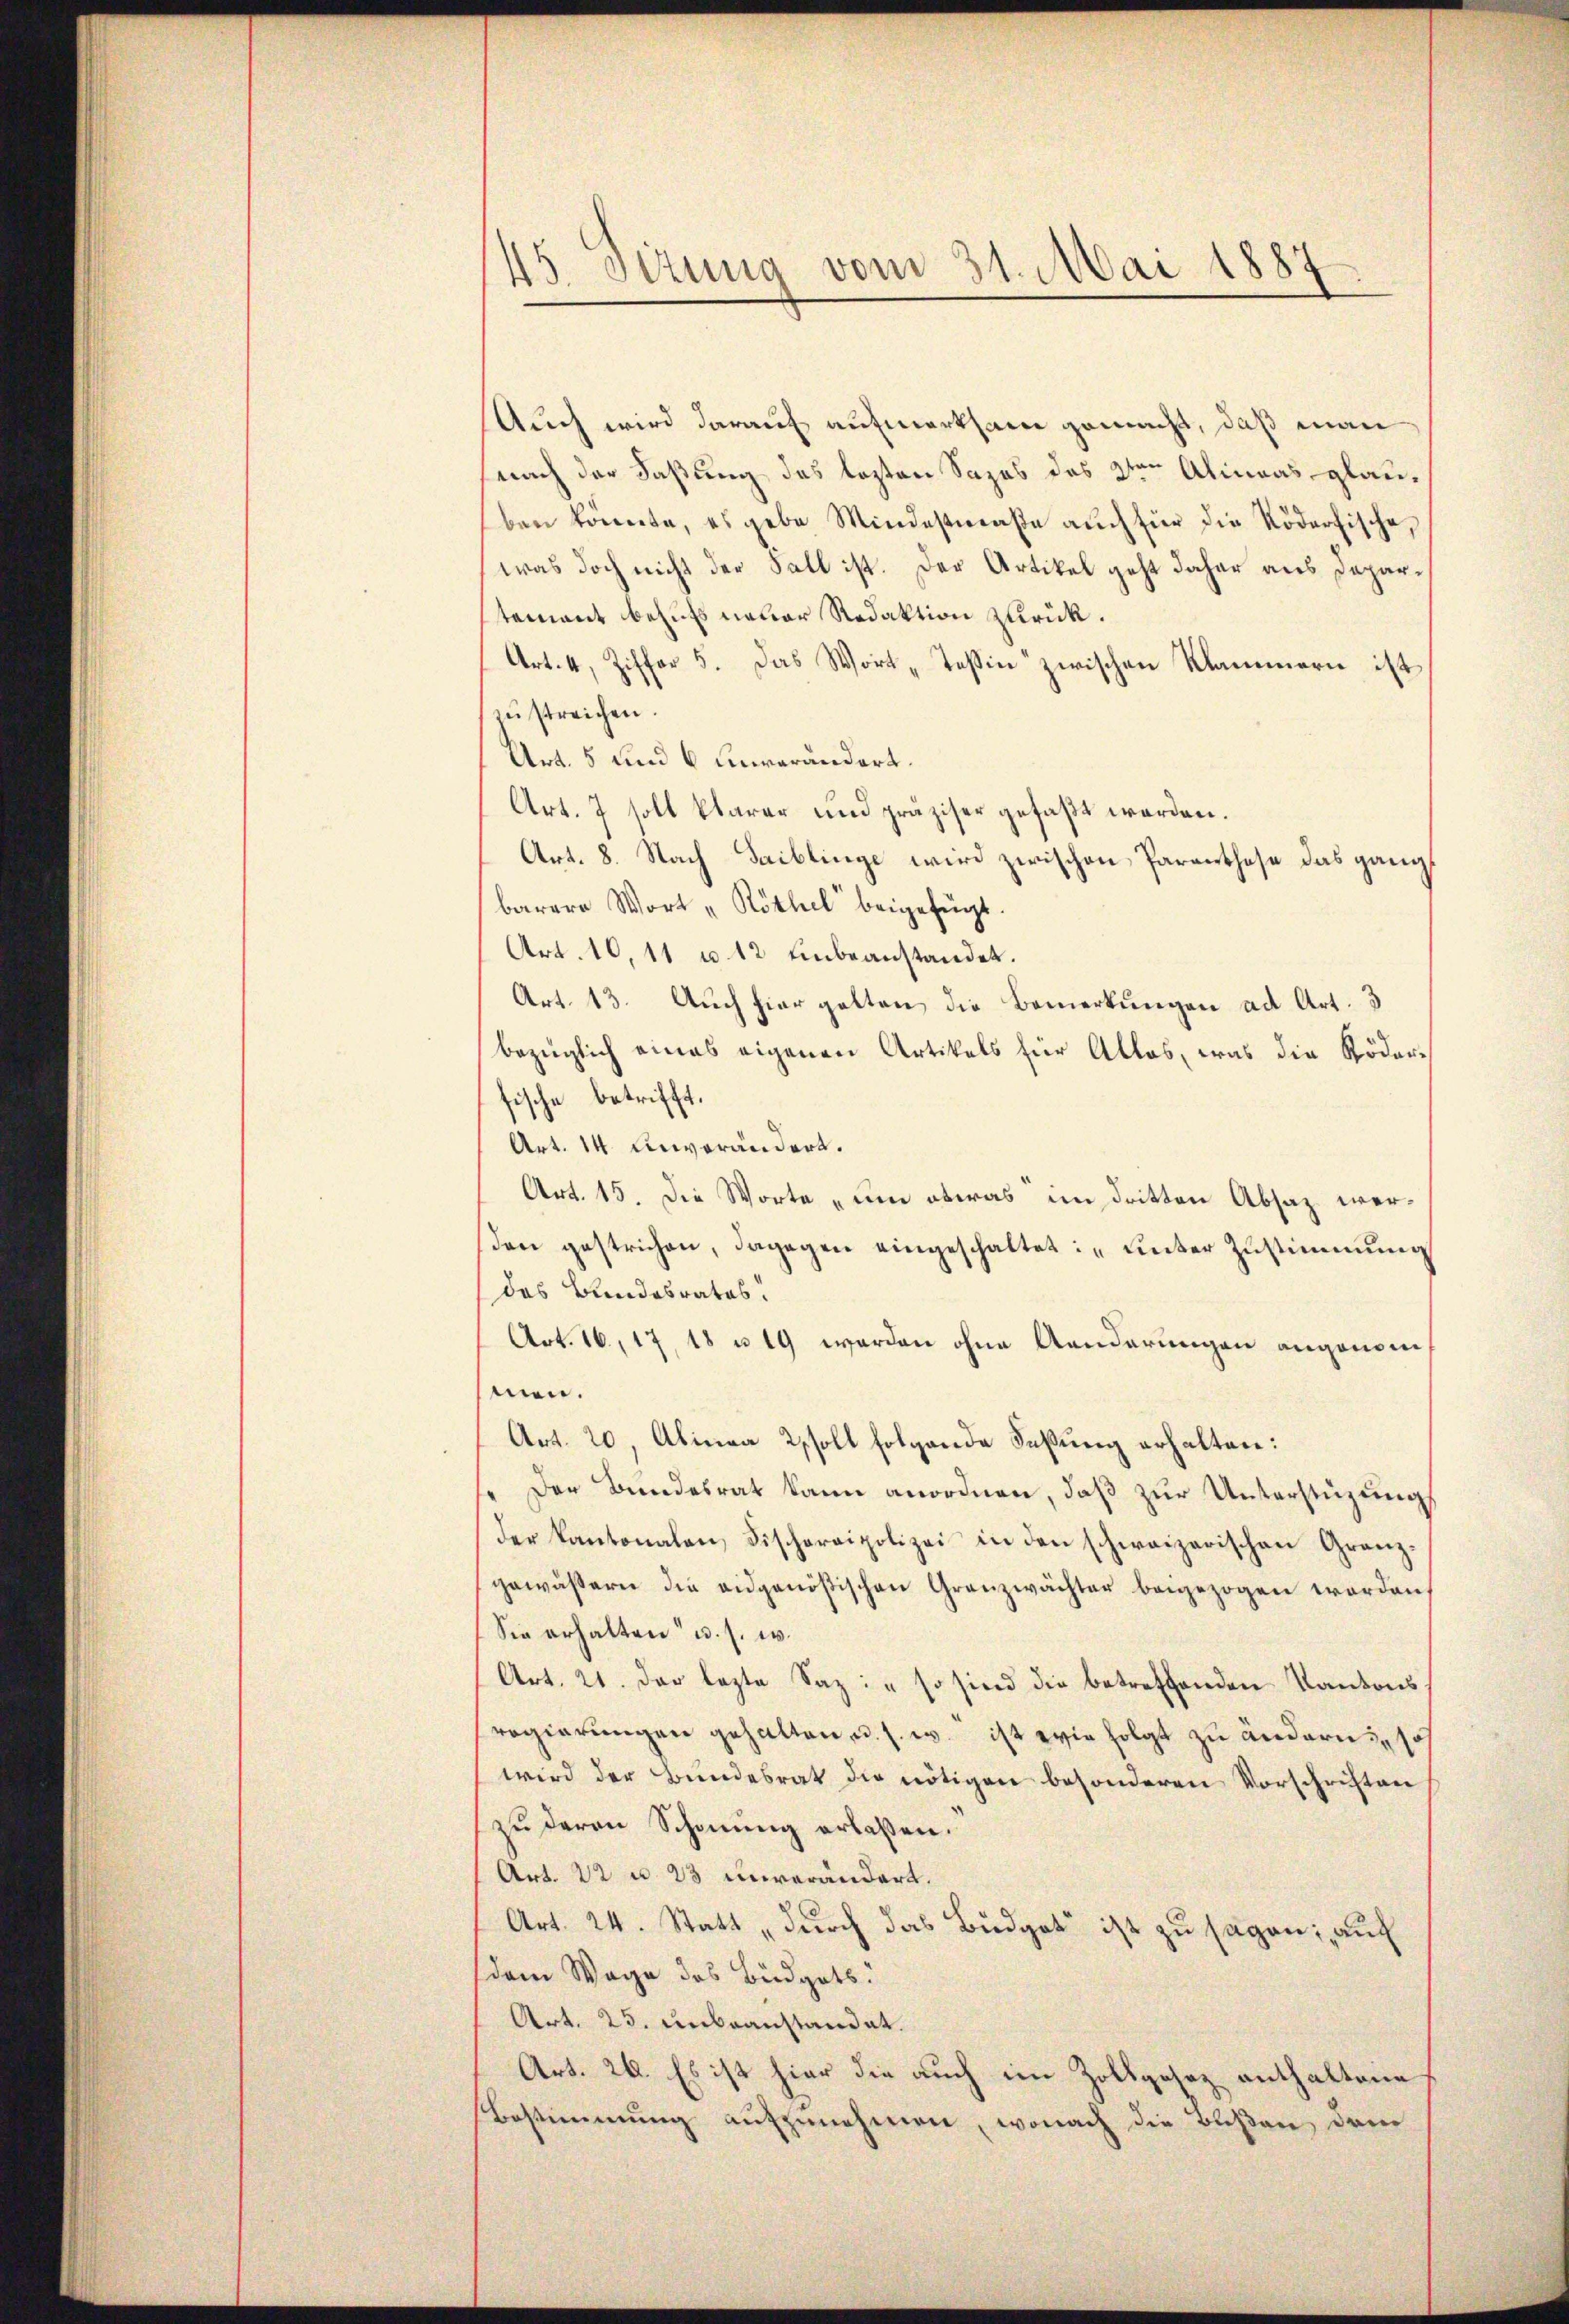
b
45. Sizung vom 31. Mai 1887

Auch wird darauf aufmerksam gemacht, daß man
nach der Faßung des losten Sages des 2te͇n Almaas glauben könnte, es gebe Mindestraße auch für die Röderfische,
was doch nicht der Fall ist. Der Artikel geht daher aus Departement behufs neuer Redaktion zurück.
Art. 4, Ziffer 5. Das Wort „Teßin zwischen Klammern ist
zu streichen.
Art. 5 und 6 Einverändert.
Art. 7 soll klarer und präziser gefaßt werden.
Art. 8. Nach Saiblinge wird zwischen Parenthose das ganz
barere Wort „Röthel beigefügt.
Art. 10,11 u. 12 Einbeanstandet.
Art. 13. Auch hier gotten die Bemerkungen ad Art. 3
bezüglich eines eigenen Artikels für Alles, was die Röderfische betrifft.
Art. 14. Unverändert.
Art. 15. Die Worte „um etwas im dritten Absaz wersden gestrichen, dagegen eingeschaltet: „Unter Zustimmung
das Bundesrates.
Art. 16, 17, 18 u. 19 werden ohne Aenderungen angenom
men.
Art. 20, Alinea soll folgende Faßung erhalten:
" Der Bundesrat kann anordnen, daß zur Unterstüzungs
der Kantonalen, Fischercipolizei in den schweizerischen Granzgewässern die eidgenößischen Granzwächter beigezogen worden,
Sie erhalten u. s. w.
Art. 21. der lezte Saz: „so sind die betreffenden Kantons
sregierungen gehalten, u. s. w. ist wie folgt zu ändern, so
wird der Bundesrat die nötigen besonderen Vorschriften
zu deren Schnung erlaßen.
Art. 22 u. 23 unverändert.
Art. 24. Statt „durch das Budget ist zu sagen; auf
dem Wage des Büdgets:
Art. 25. unbeanstandat.
Art. 26. Es ist hier die auch im Zollgesez enthaltene
Bestimmung aufzunehmen, wonach die Bußen dem